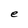
Character: e